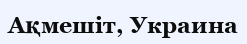
Ақмешіт, Украина